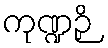
ကုဏ္ဍဉှိ